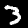
Label: 3